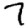
Digit: 7